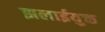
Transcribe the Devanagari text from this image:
झलाईयुक्त